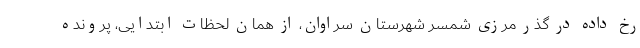
رخ داده در گذر مرزی شمسر شهرستان سراوان، از همان لحظات ابتدایی، پرونده